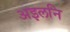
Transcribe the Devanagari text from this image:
अइलनि